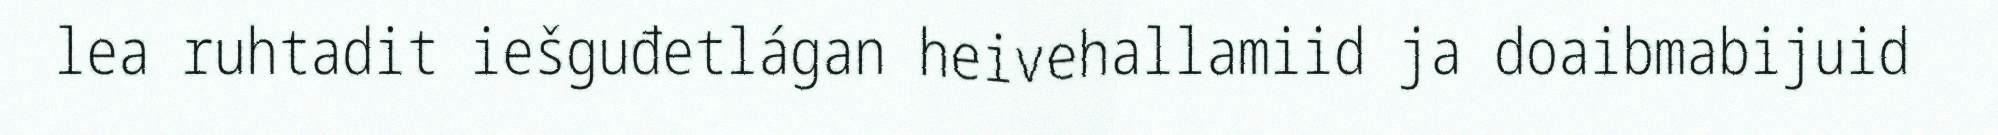
lea ruhtadit iešguđetlágan heivehallamiid ja doaibmabijuid